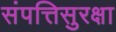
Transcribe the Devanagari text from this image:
संपत्तिसुरक्षा